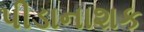
પીડાનાશક